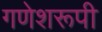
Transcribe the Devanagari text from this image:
गणेशरूपी